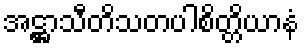
အဋ္ဌာသီတိသတပါစိတ္တိယာနံ